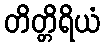
တိတ္တိရိယံ